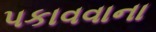
પકાવવાના